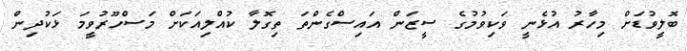
ބޮލީވުޑަށް މިހާރު އުޅެނީ ވަކިވުމުގެ ސީޒަން އައިސްގެންތަ ތިގޮލާ ކުއްލިއަކަށް މަސްހޫރުވީމަ ޅަކުދިން